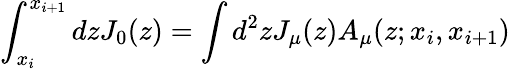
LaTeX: \int_{x_{i}}^{x_{i+1}}dzJ_{0}(z)=\int d^{2}zJ_{\mu}(z)A_{\mu}(z;x_{i},x_{i+1})